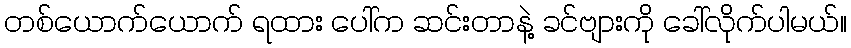
တစ်ယောက်ယောက် ရထား ပေါ်က ဆင်းတာနဲ့ ခင်ဗျားကို ခေါ်လိုက်ပါမယ်။